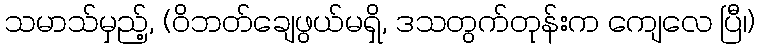
သမာသ်မှည့်, (ဝိဘတ်ချေဖွယ်မရှိ, ဒသတွက်တုန်းက ကျေလေ ပြီ၊)